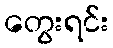
တွေးရင်း